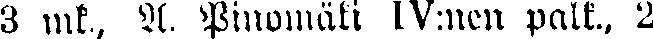
3 mk. A. Pinomäki IV:nen palk., 2